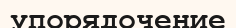
упорядочение